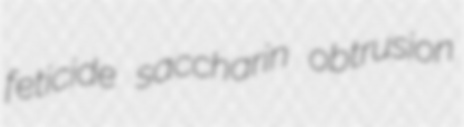
feticide saccharin obtrusion